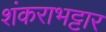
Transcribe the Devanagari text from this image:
शंकराभट्टार